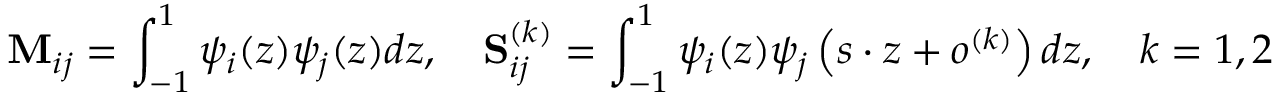
\mathbf { M } _ { i j } = \int _ { - 1 } ^ { 1 } \psi _ { i } ( z ) \psi _ { j } ( z ) d z , \quad \mathbf { S } _ { i j } ^ { ( k ) } = \int _ { - 1 } ^ { 1 } \psi _ { i } ( z ) \psi _ { j } \left( s \cdot z + o ^ { ( k ) } \right) d z , \quad k = 1 , 2